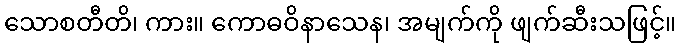
သောစတီတိ၊ ကား။ ကောဓဝိနာသေန၊ အမျက်ကို ဖျက်ဆီးသဖြင့်။